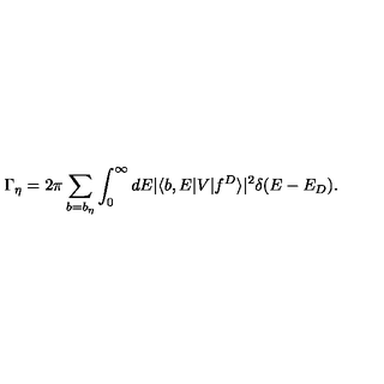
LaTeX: \Gamma _ { \eta } = 2 \pi \sum _ { b = b _ { \eta } } \int _ { 0 } ^ { \infty } d E | \langle b , E | V | f ^ { D } \rangle | ^ { 2 } \delta ( E - E _ { D } ) .